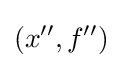
(x'',f'')